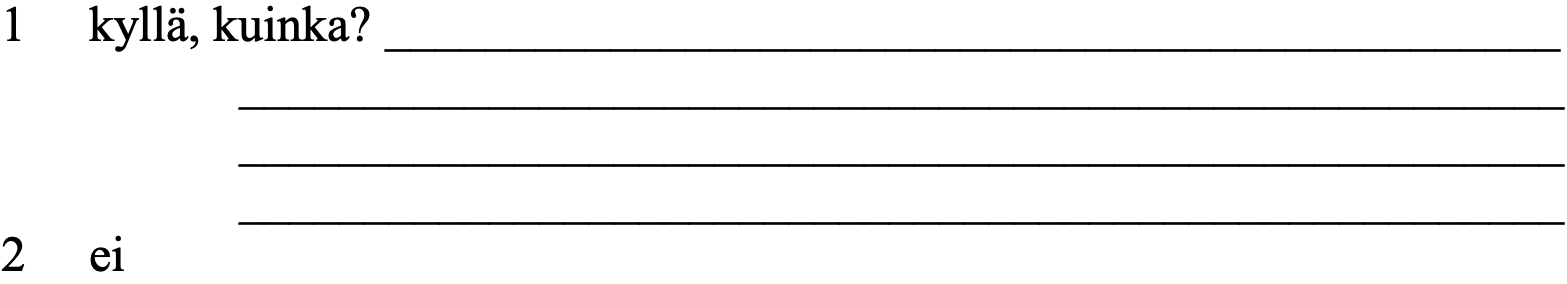
1  kyllä, kuinka? _______________________________________________ _____________________________________________________ _____________________________________________________ _____________________________________________________ 2  ei